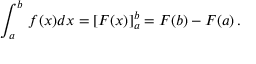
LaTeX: \int _ { a } ^ { b } \, f ( x ) d x = \left[ F ( x ) \right] _ { a } ^ { b } = F ( b ) - F ( a ) \, .